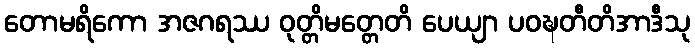
တောမရိကော အဇဂရဿ ဝုတ္တိမတ္တေတိ ပေယျာ ပဝဍ္ဎတီတိအာဒီသု